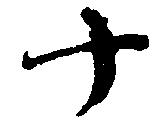
十